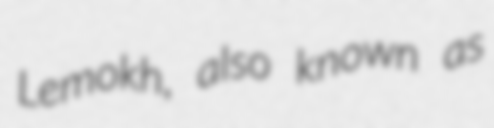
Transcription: Lemokh, also known as